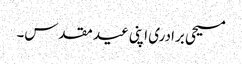
مسیحی برادری اپنی عید مقدس۔